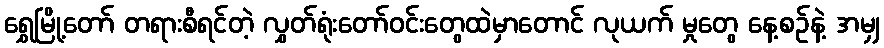
ရွှေမြို့တော် တရားစီရင်တဲ့ လွှတ်ရုံးတော်ဝင်းတွေထဲမှာတောင် လုယက် မှုတွေ နေ့စဉ်နဲ့ အမျှ